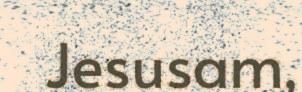
Jesusam,